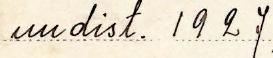
uudist. 1927